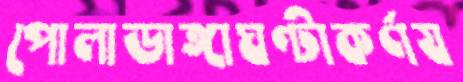
পোলাডাঙ্গাঘণ্টাকর্ণয